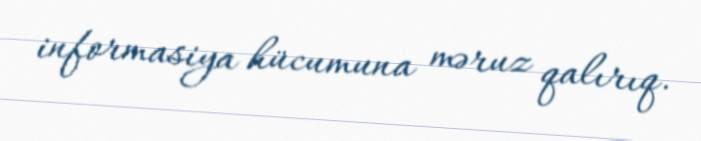
informasiya hücumuna məruz qalırıq.